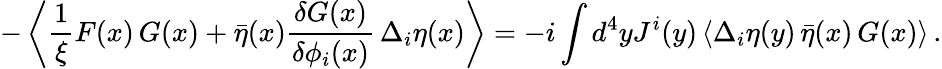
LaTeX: -\left\langle\frac{1}{\xi}F(x)\, G(x)+\bar{\eta}(x)\frac{\delta G(x)}{\delta\phi_{i}(x)}\, \Delta_{i}\eta(x)\right\rangle=-i\int d^{4}yJ^{i}(y)\left\langle\Delta_{i}\eta(y)\, \bar{\eta}(x)\, G(x)\right\rangle\, .